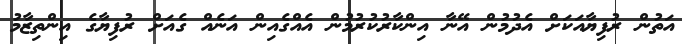
އަތުން ރުފިޔާއަކަށް އެދުމުން އޭނާ އިންކާރުކުރުމުން އެއްގެއިން އަނެއް ގެއަށް ރުފިޔާގެ އިންތިޒާމު